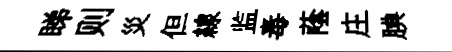
睇则災但線监毒蔭庄腆